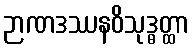
ဉာဏဒဿနဝိသုဒ္ဓတ္ထာ